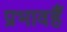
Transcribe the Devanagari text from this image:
प्रभावहैं